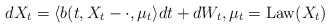
\begin{align*}dX_t=\langle b(t,X_t-\cdot,\mu_t\rangle dt+dW_t,\mu_t=\operatorname{Law}(X_t)\end{align*}